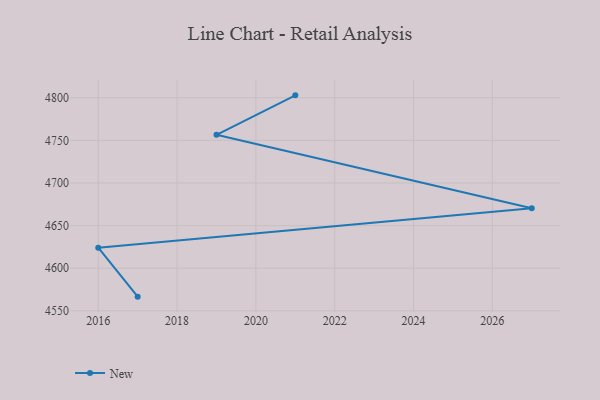
{"axis": {"x": "Year", "y": "Budget (USD K)"}, "legend": ["New"], "data": [{"x": "2021", "y": 4802.8, "type": "New"}, {"x": "2019", "y": 4756.5, "type": "New"}, {"x": "2027", "y": 4670.4, "type": "New"}, {"x": "2016", "y": 4624.2, "type": "New"}, {"x": "2017", "y": 4566.7, "type": "New"}]}